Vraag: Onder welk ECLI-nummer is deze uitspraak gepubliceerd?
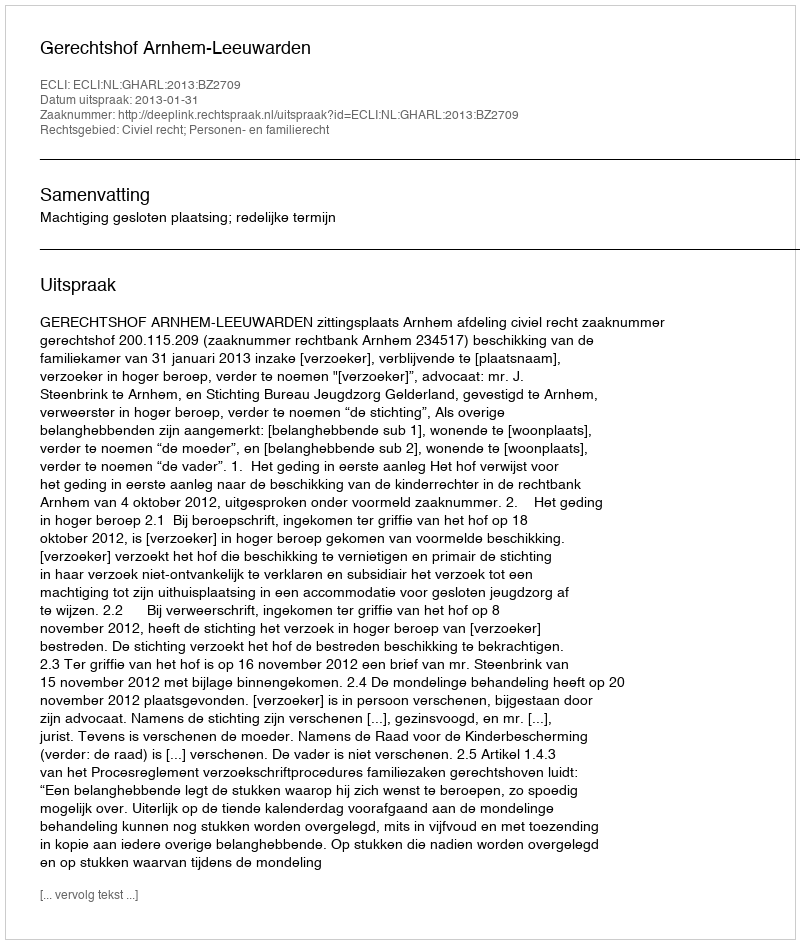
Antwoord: ECLI:NL:GHARL:2013:BZ2709